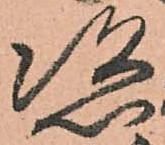
恣